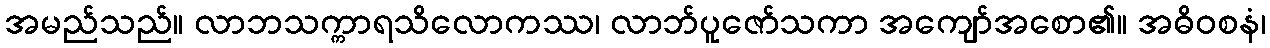
အမည်သည်။ လာဘသက္ကာရသိလောကဿ၊ လာဘ်ပူဇော်သကာ အကျော်အစော၏။ အဓိဝစနံ၊